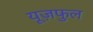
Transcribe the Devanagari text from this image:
यूज़फुल